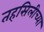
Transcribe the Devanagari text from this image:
तहसिलीच्या